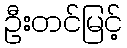
ဦးတင်မြင့်